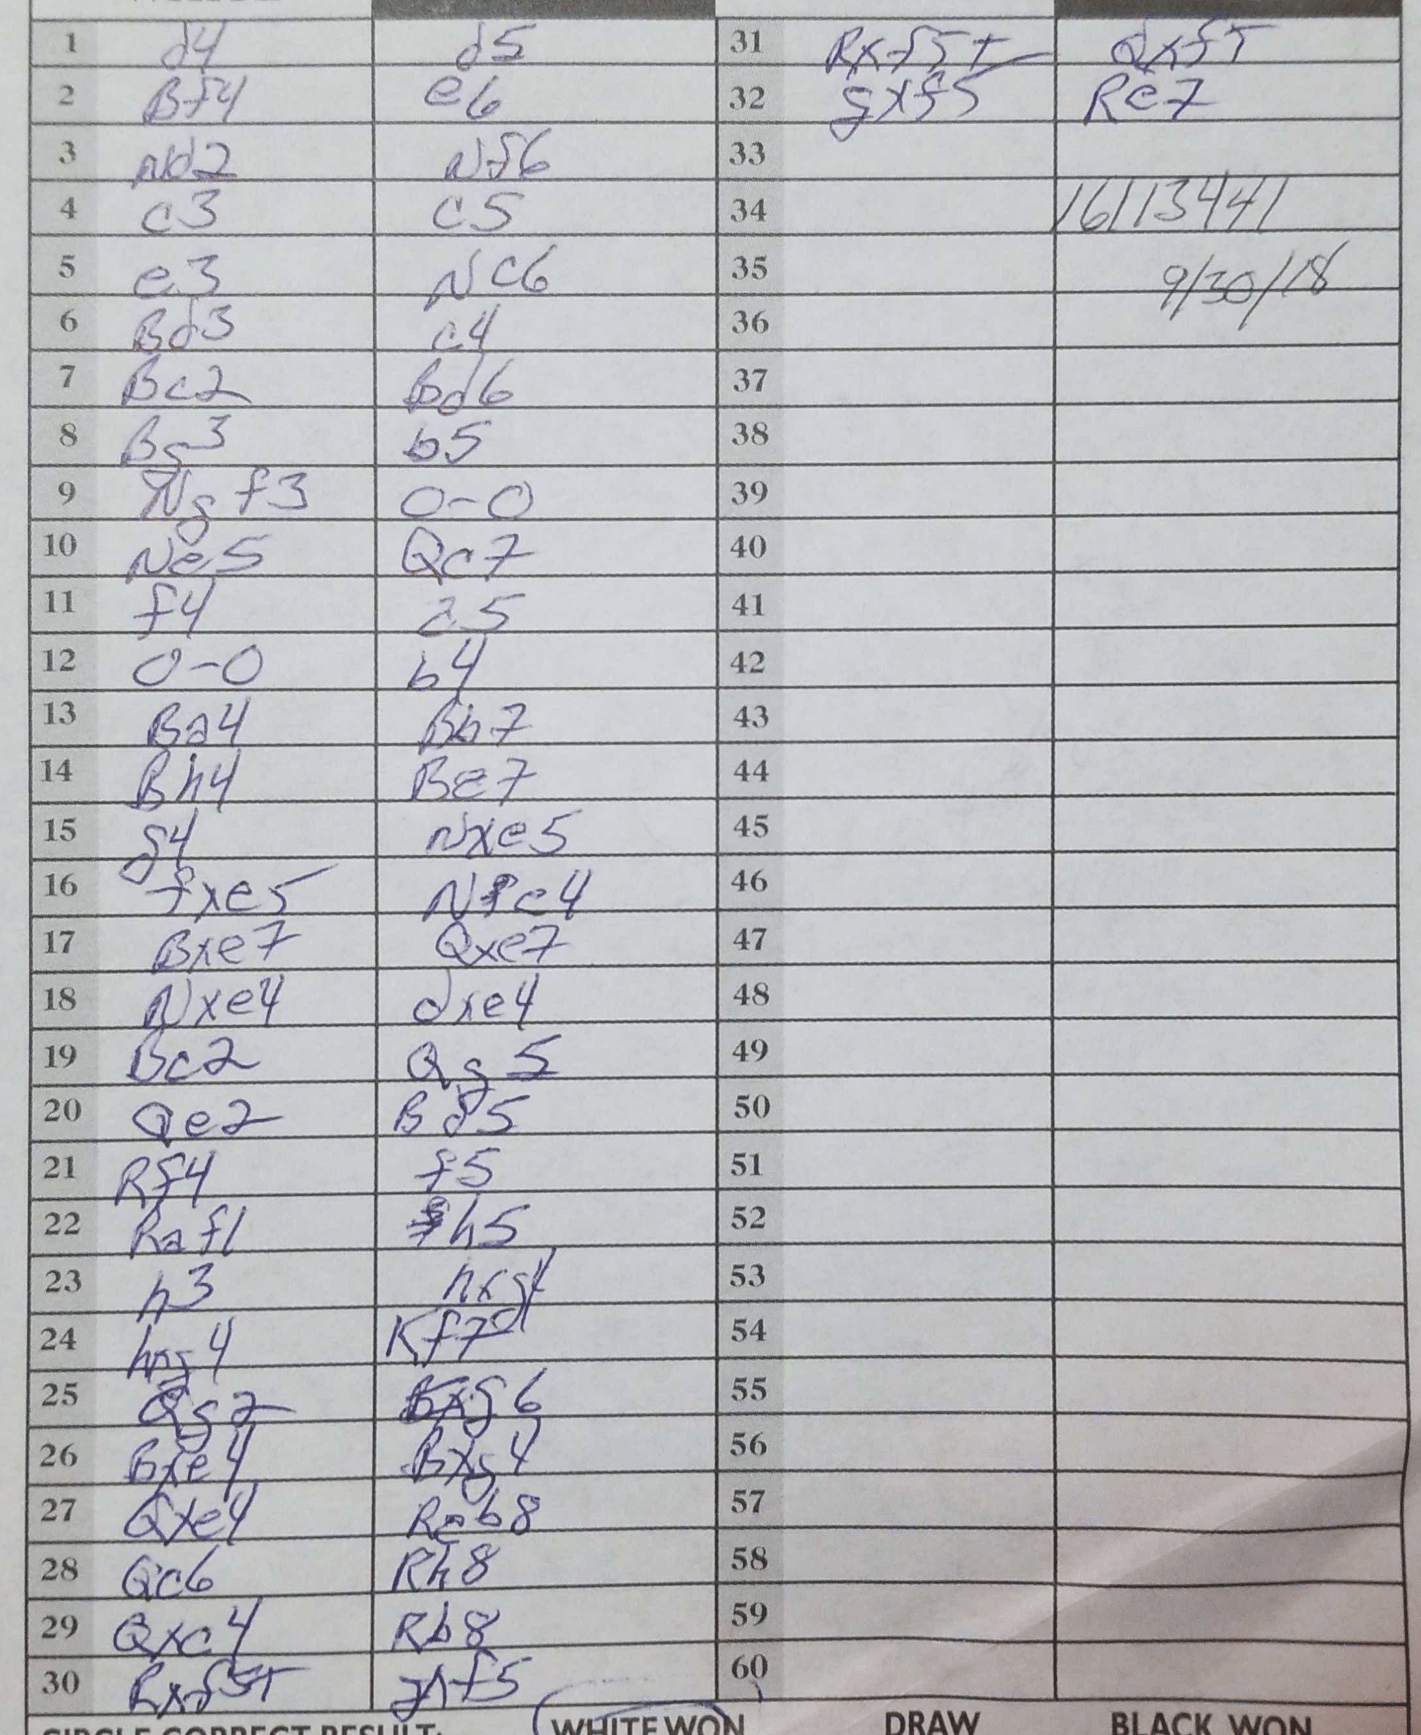
Moves: d4 d5 Bf4 e6 Nd2 Nf6 c3 c5 e3 Nc6 Bd3 c4 Bc2 Bd6 Bg3 b5 Ngf3 O-O Ne5 Qc7 f4 a5 O-O b4 Ba4 Bh7 Bh4 Ba7 g4 Nxe5 fxe5 Ne4 Bxe7 Qxe7 Nxe4 dxe4 Bc2 Qg5 Qe2 Bd5 Rf4 f5 Raf1 h5 h3 hxg4 hxg4 Kf7 Qg2 Bxg6 Bxe4 Bxg4 Qxe4 Rcb8 Qc6 Rh8 Qxc4 Rb8 Rxf5+ dxf5 Rxf5+ Qxf+ gxf5 Re7